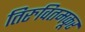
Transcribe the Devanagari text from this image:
तिरुवितमकूर